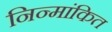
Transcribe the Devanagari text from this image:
निन्मांकित